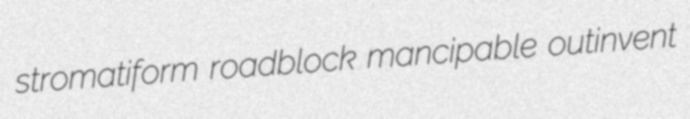
stromatiform roadblock mancipable outinvent